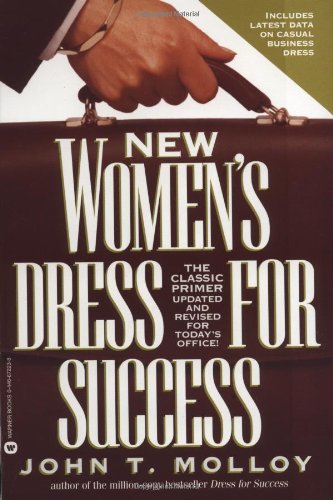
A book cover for New Women's Dress for Success; John T. Molloy; Business & Money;